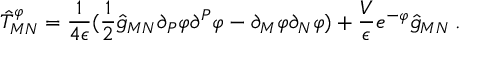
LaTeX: \hat { T } _ { M N } ^ { \varphi } = { \frac { 1 } { 4 \epsilon } } ( \frac { 1 } { 2 } \hat { g } _ { M N } \partial _ { P } \varphi \partial ^ { P } \varphi - \partial _ { M } \varphi \partial _ { N } \varphi ) + \frac { V } { \epsilon } e ^ { - \varphi } \hat { g } _ { M N } \: .